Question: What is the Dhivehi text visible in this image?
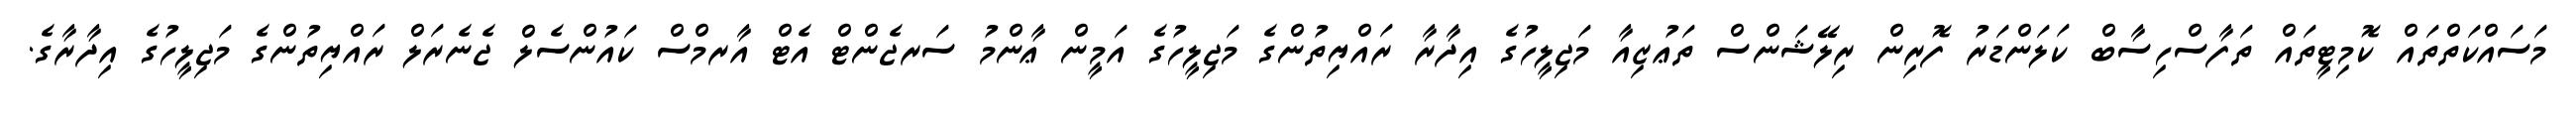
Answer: މަސައްކަތްތައް ކޮމިޓީތައް ތަފާސްހިސާބް ކަލަންޑަރު ފޮރިން ރިލޭޝަންސް ތަޢުޒިއާ މަޖިލީހުގެ އިދާރާ ރައްޔިތުންގެ މަޖިލީހުގެ އަމީން ޢާންމު ސަރޖެންޓް އެޓް އާރމްސް ކައުންސެލް ޖެނެރަލް ރައްޔިތުންގެ މަޖިލީހުގެ އިދާރާގެ.